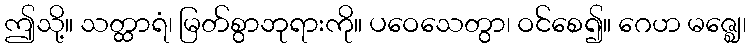
ဤသို့။ သတ္ထာရံ၊ မြတ်စွာဘုရားကို။ ပဝေသေတွာ၊ ဝင်စေ၍။ ဂေဟ မဇ္ဈေ၊